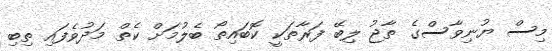
މިސް ޔުނިވާސްގެ ތާޖު ލިބޭ ފަރާތަކީ ކޮބައިތޯ ބެލުމަށް ކެތް މަދުވެފައި ތިބި